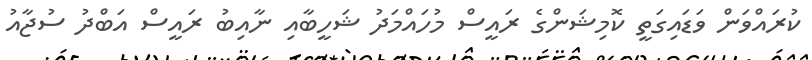
ކުރައްވަން ވަޑައިގަތީ ކޮމިޝަންގެ ރައީސް މުހައްމަދު ޝަހީބާއި ނާއިބު ރައީސް އަބްދު ސުޖާއު